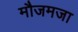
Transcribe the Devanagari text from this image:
मौजमजा